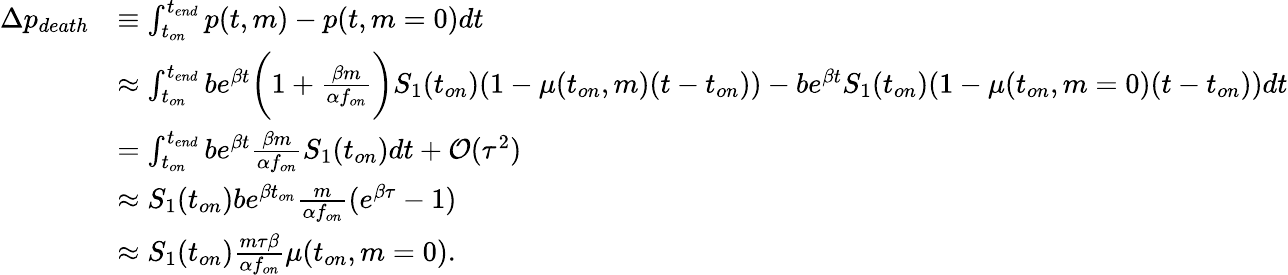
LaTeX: \begin{array}{rl}{\Delta p_{death}}&{\equiv\int_{t_{on}}^{t_{end}}p(t,m)-p(t,m=0)dt}\\ &{\approx\int_{t_{on}}^{t_{end}}be^{\beta t}\bigg(1+\frac{\beta m}{\alpha f_{on}}\bigg)S_{1}(t_{on})(1-\mu(t_{on},m)(t-t_{on}))-be^{\beta t}S_{1}(t_{on})(1-\mu(t_{on},m=0)(t-t_{on}))dt}\\ &{=\int_{t_{on}}^{t_{end}}be^{\beta t}\frac{\beta m}{\alpha f_{on}}S_{1}(t_{on})dt+\mathcal{O}(\tau^{2})}\\ &{\approx S_{1}(t_{on})be^{\beta t_{on}}\frac{m}{\alpha f_{on}}(e^{\beta\tau}-1)}\\ &{\approx S_{1}(t_{on})\frac{m\tau\beta}{\alpha f_{on}}\mu(t_{on},m=0).}\end{array}